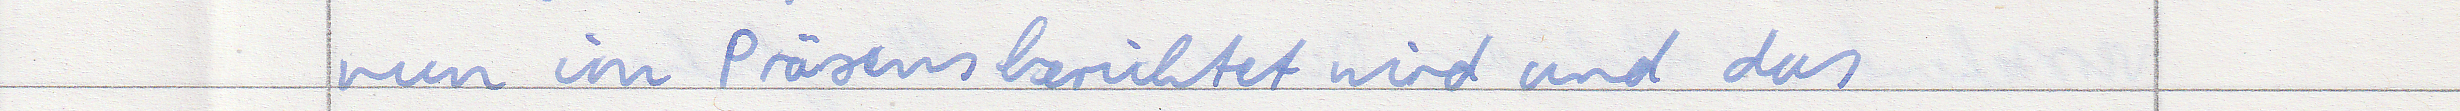
nun im Präsens berichtet wird und das